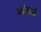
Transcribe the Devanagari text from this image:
व्यंजको